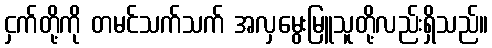
ငှက်တို့ကို တမင်သက်သက် အလှမွေးမြူသူတို့လည်းရှိသည်။